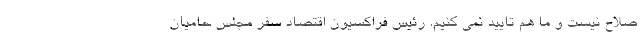
صلاح نیست و ما هم تایید نمی کنیم. رئیس فراکسیون اقتصاد سفر مجلس حامیان